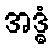
အဒ္ဓံ